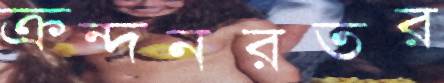
ক্রন্দনরতর